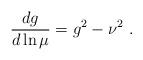
\begin{align*}{d g \over d \ln \mu} = g^2 -\nu^2~.\end{align*}